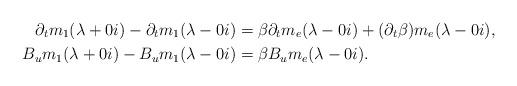
LaTeX: \begin{align*}\partial_tm_1(\lambda+0i) - \partial_tm_1(\lambda-0i) &= \beta\partial_t m_e(\lambda-0i) + (\partial_t\beta)m_e(\lambda-0i),\\B_u m_1(\lambda+0i) - B_u m_1(\lambda-0i) &= \beta B_um_e(\lambda-0i).\end{align*}